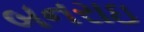
બનરાઇ